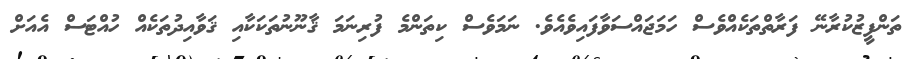
ތަންފީޒުކުރާނޭ ފަރާތްތަކެއްވެސް ހަމަޖައްސަވާފައިވެއެވެ. ނަމަވެސް ކިތަންމެ ފުރިނަމަ ޤާނޫނުތަކަކާއި ޤަވާއިދުތަކެއް ހުއްޓަސް އެއަށް